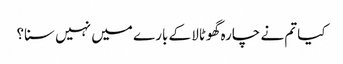
کیا تم نے چارہ گھوٹالا کے بارے میں نہیں سنا؟